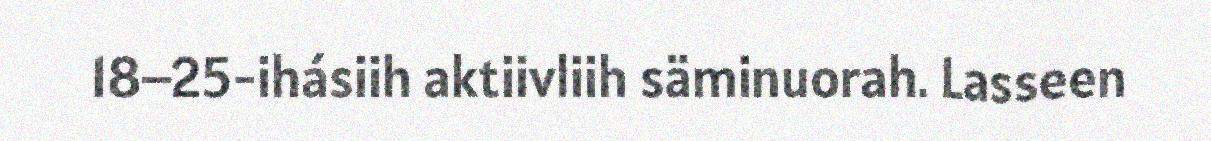
18–25-ihásiih aktiivliih säminuorah. Lasseen